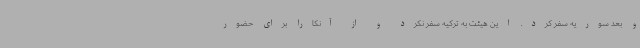
و بعد سوریه سفر کرد. این هیئت به ترکیه سفر نکرد و از آنکارا برای حضور